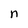
Character: n